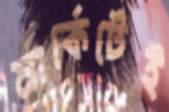
মার্কেটেই